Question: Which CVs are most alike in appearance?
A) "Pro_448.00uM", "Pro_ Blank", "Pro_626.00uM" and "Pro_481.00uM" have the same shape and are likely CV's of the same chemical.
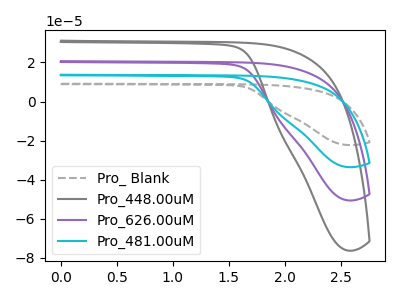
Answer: <think>The gray dashed curve "Pro_ Blank" has no peaks. The gray curve "Pro_448.00uM" has no peaks. The purple curve "Pro_626.00uM" has no peaks. The cyan curve "Pro_481.00uM" has no peaks.
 Neither "Pro_ Blank" or "Pro_448.00uM" have any peaks. Neither "Pro_ Blank" or "Pro_626.00uM" have any peaks. Neither "Pro_ Blank" or "Pro_481.00uM" have any peaks. Neither "Pro_448.00uM" or "Pro_626.00uM" have any peaks. Neither "Pro_448.00uM" or "Pro_481.00uM" have any peaks. Neither "Pro_626.00uM" or "Pro_481.00uM" have any peaks.</think>
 <answer>A) "Pro_448.00uM", "Pro_ Blank", "Pro_626.00uM" and "Pro_481.00uM" have the same shape and are likely CV's of the same chemical.</answer>
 <eval>A</eval>